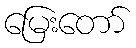
မြေးတော်